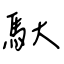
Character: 馱